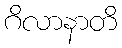
ဂိလာနာတိ